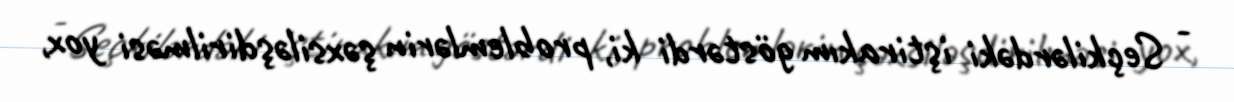
- Seçkilərdəki iştirakım göstərdi ki, problemlərin şəxsiləşdirilməsi yox,